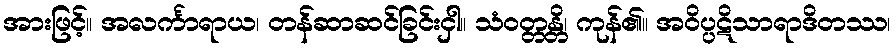
အားဖြင့်။ အလင်္ကာရာယ၊ တန်ဆာဆင်ခြင်းငှါ။ သံဝတ္တန္တိ၊ ကုန်၏။ အဝိပ္ပဋိသာရာဒိတဿ၊